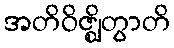
အတိဝိဇ္ဈိတွာတိ